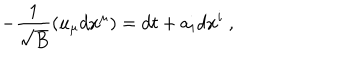
- { \frac { 1 } { \sqrt { B } } } ( u _ { \mu } d x ^ { \mu } ) = d t + a _ { i } d x ^ { i } ~ ,